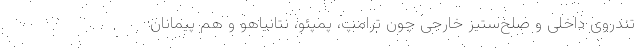
تندروی داخلی و صلح‌ستیز خارجی چون ترامپ، پمپئو، نتانیاهو و هم پیمانان